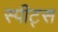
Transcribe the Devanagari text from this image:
स्पीट्स